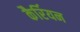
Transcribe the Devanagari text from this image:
कैर्रियन